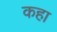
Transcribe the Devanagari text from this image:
कहा